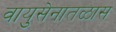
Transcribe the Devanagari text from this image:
वायुसेनातळास